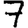
Digit: 7